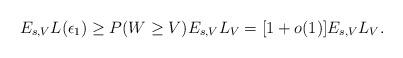
LaTeX: \begin{align*} E_{s,V}L(\epsilon_{1}) \geq P(W \geq V )E_{s,V}L_{V}=[1+o(1)]E_{s,V}L_{V}.\end{align*}